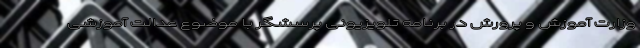
وزارت آموزش و پرورش در برنامه تلویزیونی پرسشگر با موضوع عدالت آموزشی